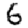
Digit: 6